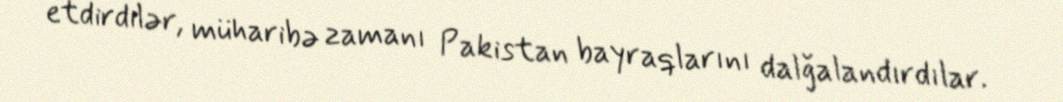
etdirdilər, müharibə zamanı Pakistan bayraqlarını dalğalandırdılar.